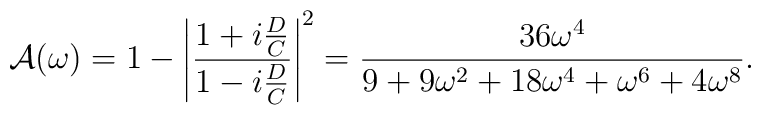
{\cal A}(\omega)= 1 - \left | { 1+ i{ D \over C} \over 1 - i{D \over C}} \right |^2        = { 36 \omega^4 \over 9 + 9 \omega^2 + 18\omega^4 + \omega^6 +  4 \omega^8}.